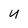
Character: U